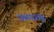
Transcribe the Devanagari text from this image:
तळपत्या